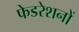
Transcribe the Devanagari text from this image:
फेडरेशनों